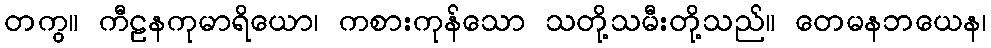
တကွ။ ကီဠနကုမာရိယော၊ ကစားကုန်သော သတို့သမီးတို့သည်။ တေမနဘယေန၊